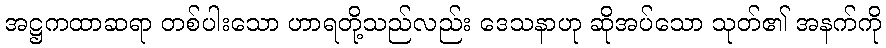
အဋ္ဌကထာဆရာ တစ်ပါးသော ဟာရတို့သည်လည်း ဒေသနာဟု ဆိုအပ်သော သုတ်၏ အနက်ကို